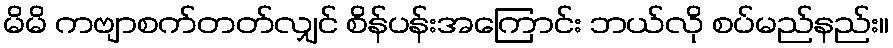
မိမိ ကဗျာစက်တတ်လျှင် စိန်ပန်းအကြောင်း ဘယ်လို စပ်မည်နည်း။